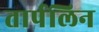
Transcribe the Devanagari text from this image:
तार्पलिन